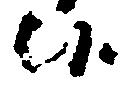
候